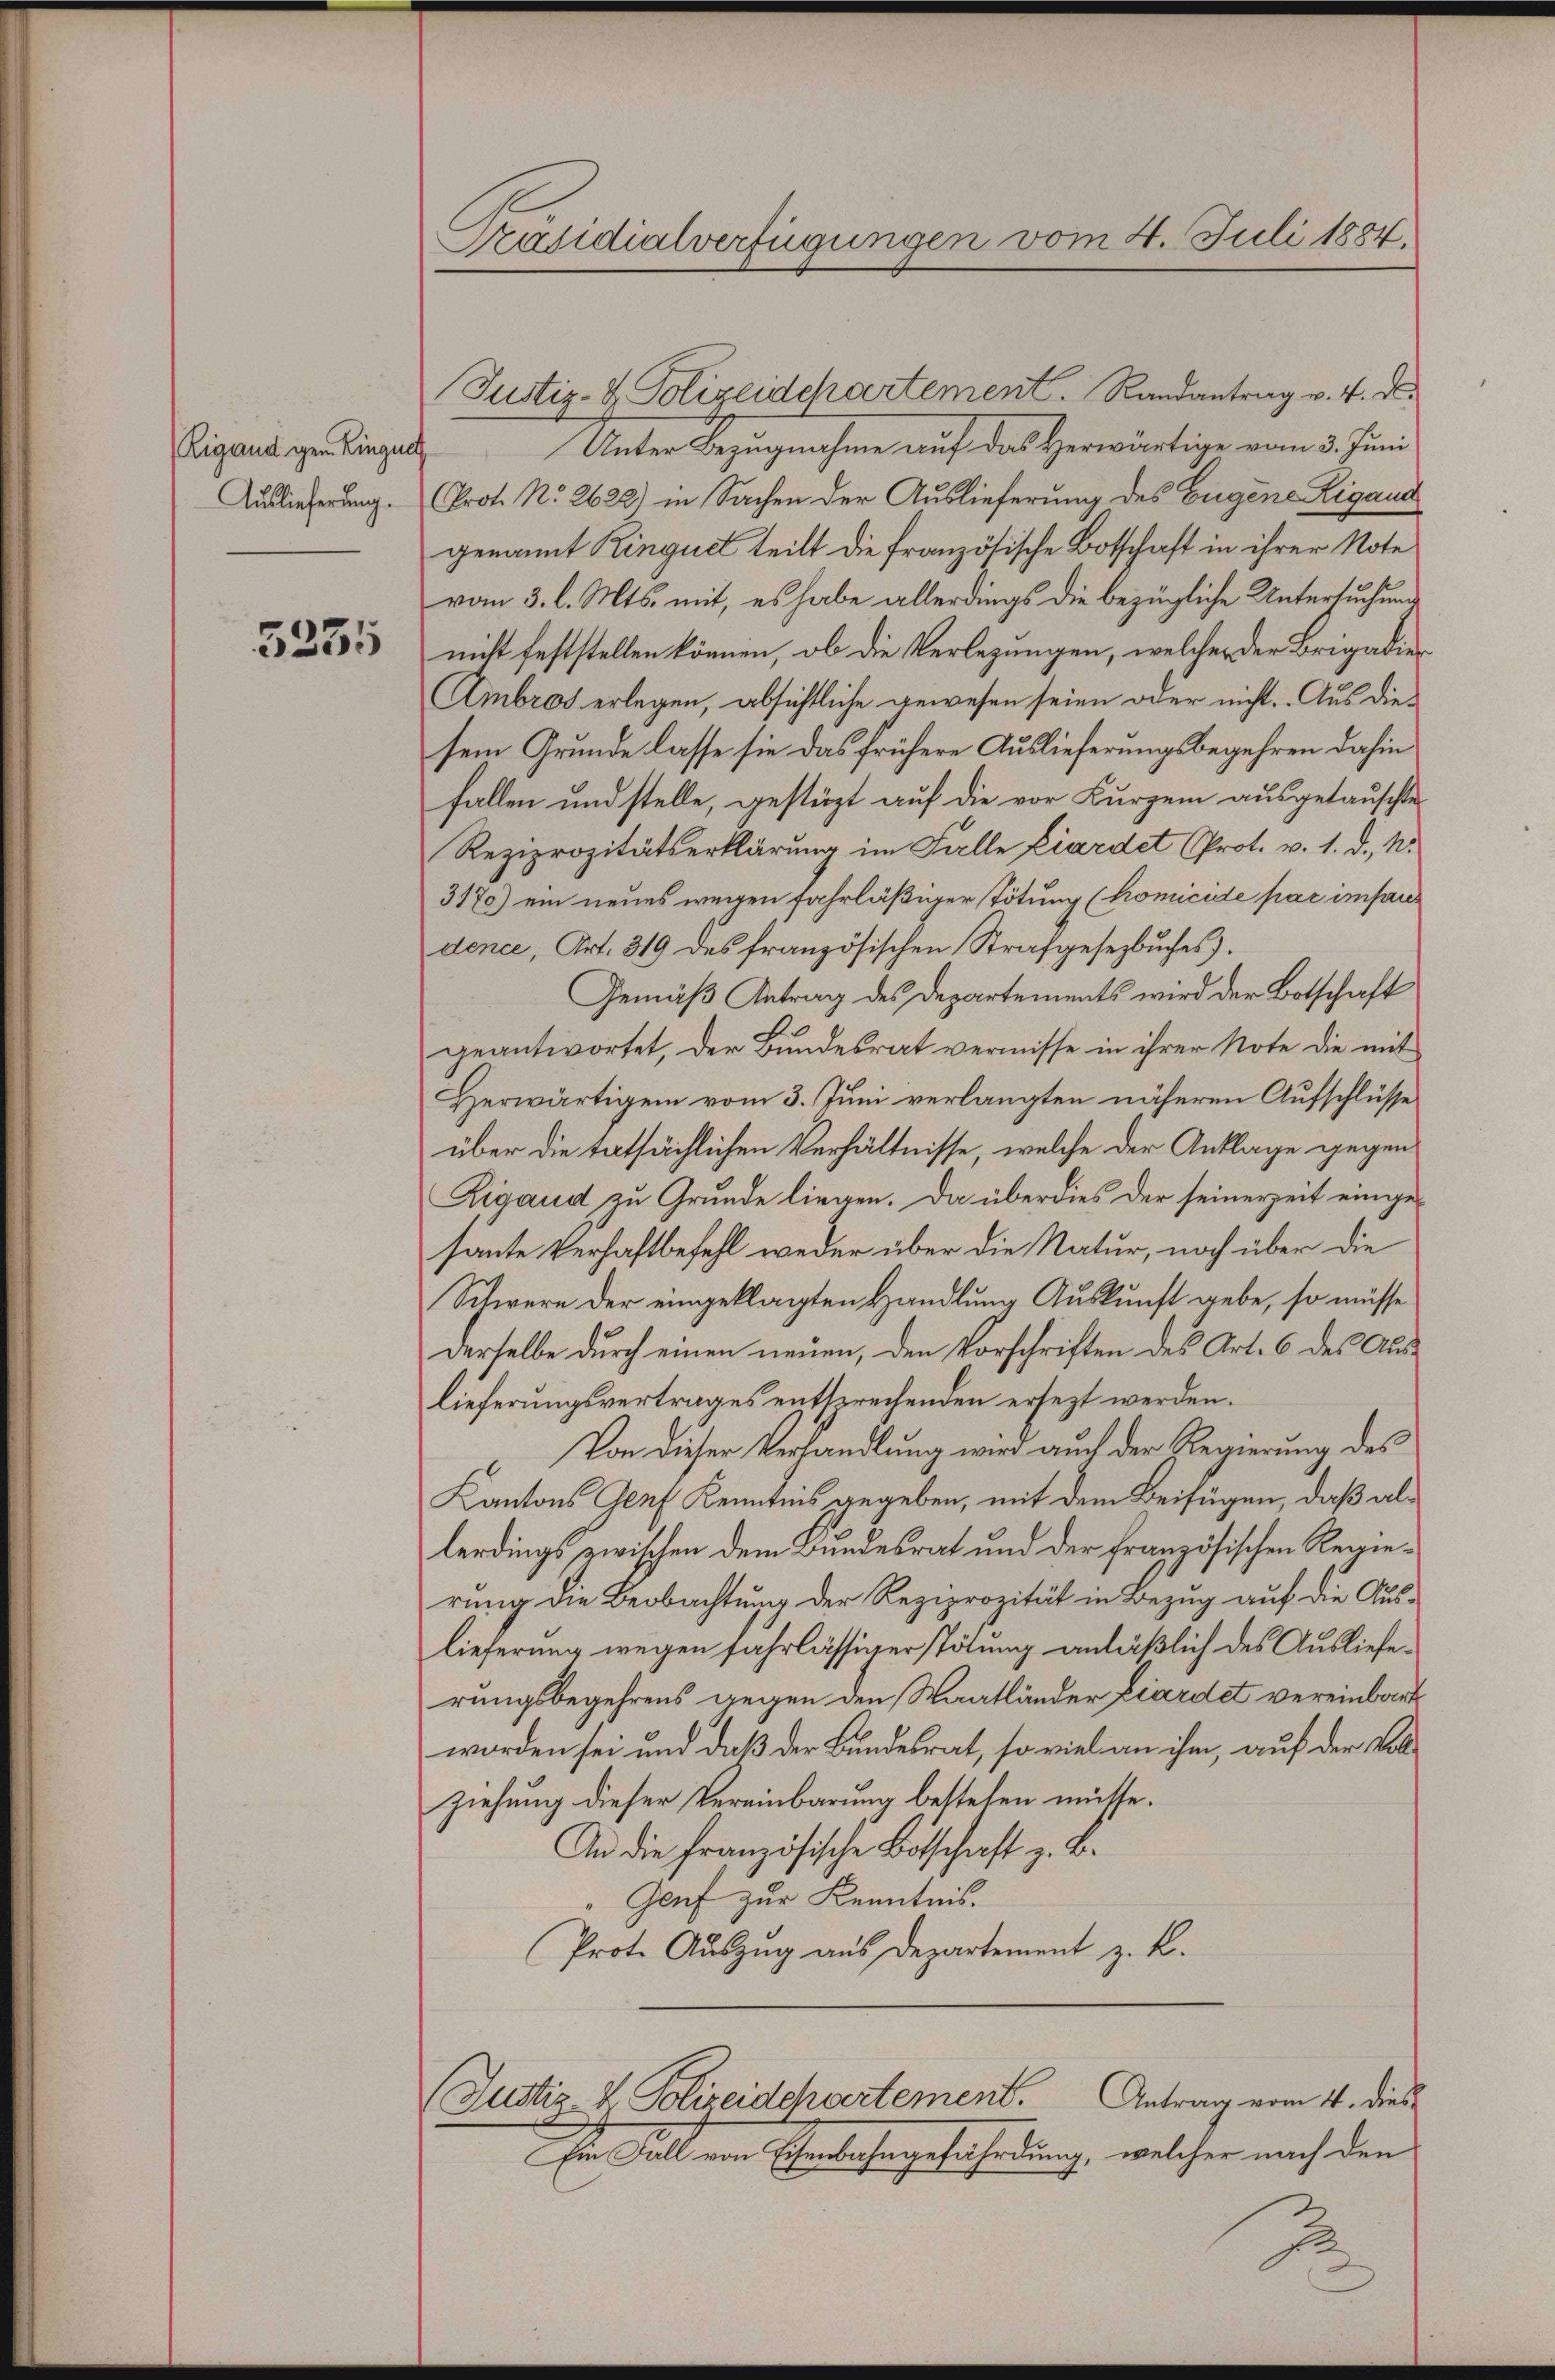
Ligand gen. Lingue
Auslieferung.

5235

Präsidialverfügungen vom 4. Juli 1884.

Justiz- & Polizeidchartement. Randantrag v. 4. d.
Unter Bezugnahme auf das Herwärtige vom 3. Juni
Prot. No. 2622) in Sachen der Auslieferung des Eugene Zigand
genannt Ringue teilt die französische Botschaft in ihrer Note
vom 3. l. Mts. mit, es habe allerdings die bezügliche Untersuchung
nicht feststellen können, ob die Verlegungen, welcher der Brigadie
Ambros erlegen, absichtliche gewesen seien oder nicht. Aus diesem Grunde lasse sie das frühere Auslieferungsbegehren dahin
fallen und stelle, gestüzt auf die vor Kurzem ausgetauschte
Reziprozitätserklärung im Falle Eiardet (Prot. v. 1. d. M.
3170) ein neues wegen fahrläßiger Tötung (homicile par impris
dence, Art. 319 des französischen Strafgesetzbuches).
Gemäß Antrag des Departements wird der Botschaft
geantwortet, der Bundesrat vermisse in ihrer Note die mit
Herwärtigen vom 3. Juni verlangten näheren Aufschlüsse
über die tatsächlichen Verhältnisse, welche der Anklage gegen
Rigaud zu Grunde liegen. Da überdies der seinerzeit eingesante Verhaftbefehl weder über die Natur, noch über die
Schwere der eingeklagten Handlung Auskunft gebe, so müsse
derselbe durch einen neuen, den Vorschriften des Art. 6 des Auslieferungsvertrages entsprechenden ersezt werden.
Von dieser Verhandlung wird auch der Regierung des
Kantons Genf Kenntnis gegeben, mit dem Beifügen, daß allerdings zwischen dem Bundesrat und der französischen Regierung die Beobachtung der Reziprozität in Bezug auf die Auslieferung wegen fahrlässiger Tötung anläßlich des Auslieferungsbegehrens gegen den Staatländer Eiardet vereinbart
worden sei und daß der Bundesrat, so viel an ihm, auf der Vollziehung dieser Vereinbarung bestehen müsse.
An die Französische Botschaft z. B.
Genf zur Kenntnis.
Prot. Auszug aus Departement z. B.

Justiz & Polizeidchartement. Antrag vom 4. dies

Im Fall von Eisenbahngefährdung, welcher nach den

J